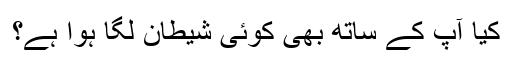
کیا آپؐ کے ساتھ بھی کوئی شیطان لگا ہوا ہے؟